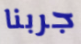
جربنا